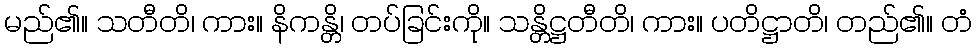
မည်၏။ သတီတိ၊ ကား။ နိကန္တိ၊ တပ်ခြင်းကို။ သန္တိဋ္ဌတီတိ၊ ကား။ ပတိဋ္ဌာတိ၊ တည်၏။ တံ